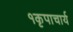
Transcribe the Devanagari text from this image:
१कृपाचार्य